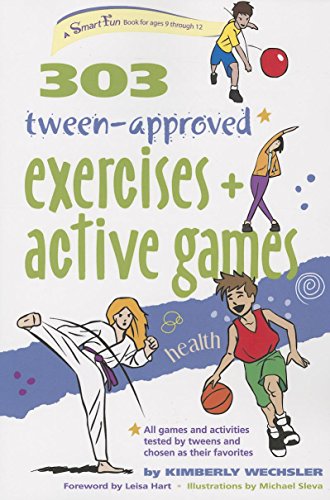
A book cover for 303 Tween-Approved Exercises and Active Games (SmartFun Activity Books); Kimberly Wechsler; Health, Fitness & Dieting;